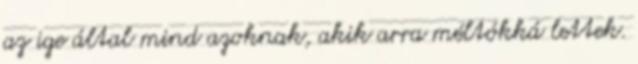
az ige által mind azoknak, akik arra méltókká lettek.